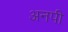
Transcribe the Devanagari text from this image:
अनपी